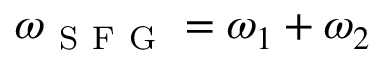
\omega _ { \mathrm { ~ S ~ F ~ G ~ } } = \omega _ { 1 } + \omega _ { 2 }